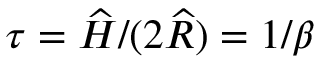
\tau = \widehat { H } / ( 2 \widehat { R } ) = 1 / \beta